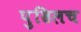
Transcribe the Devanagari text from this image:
पुढिलच